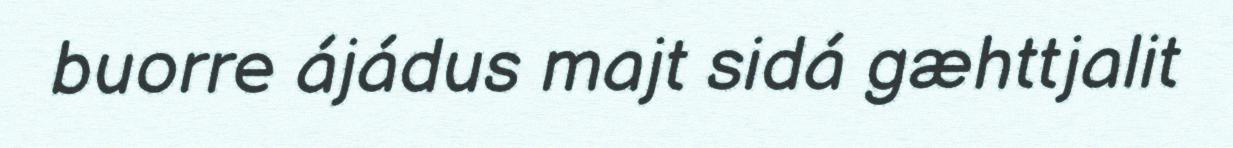
buorre ájádus majt sidá gæhttjalit